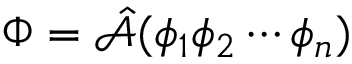
\Phi = \hat { \mathcal { A } } ( \phi _ { 1 } \phi _ { 2 } \cdots \phi _ { n } )